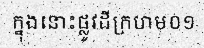
ក្នុងនោះផ្លូវដីក្រហម០១